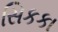
સિકકા